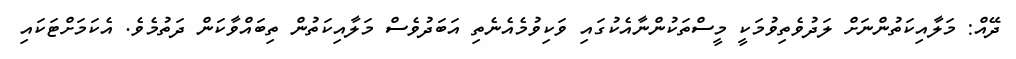
ދޭއް: މަލާއިކަތުންނަށް ލަދުވެތިވުމަކީ މީސްތަކުންނާއެކުގައި ވަކިވުމެއެނެތި އަބަދުވެސް މަލާއިކަތުން ތިބައްވާކަން ދަތުމެވެ. އެކަމަށްޓަކައި